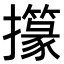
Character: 𢸢